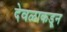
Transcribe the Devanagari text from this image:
देवळाकडून